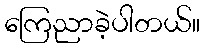
ကြေညာခဲ့ပါတယ်။